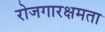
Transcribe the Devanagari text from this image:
रोजगारक्षमता